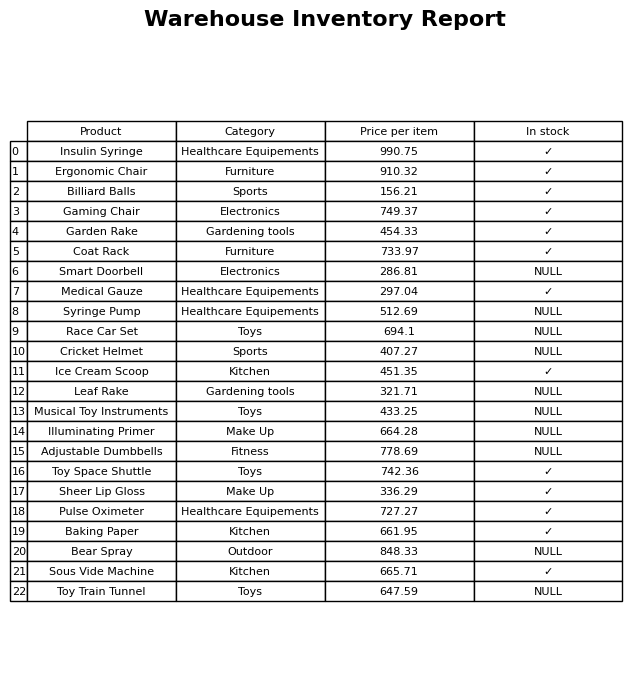
question: What is the stock status of the Syringe Pump?
answer: NULL